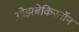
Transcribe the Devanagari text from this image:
ओझबेकिस्तॉन